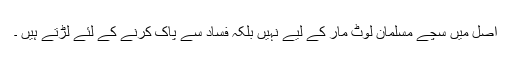
اصل میں سچے مسلمان لوٹ مار کے لیے نہیں بلکہ فساد سے پاک کرنے کے لئے لڑتے ہیں ۔